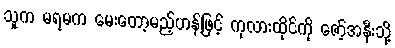
သူက မရမက မေးတော့မည့်ဟန်ဖြင့် ကုလားထိုင်ကို ဇော့်အနီးသို့